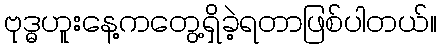
ဗုဒ္ဓဟူးနေ့ကတွေ့ရှိခဲ့ရတာဖြစ်ပါတယ်။